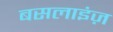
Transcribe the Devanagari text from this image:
बसलाइंज़